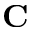
\mathbf { C }